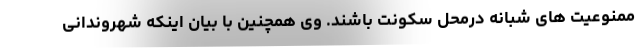
ممنوعیت های شبانه درمحل سکونت باشند. وی همچنین با بیان اینکه شهروندانی